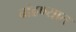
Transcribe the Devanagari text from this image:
बांढण्यात